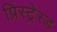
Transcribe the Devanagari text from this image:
प्रिस्ट्रेस्ड